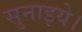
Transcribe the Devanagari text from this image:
सुनाइये।